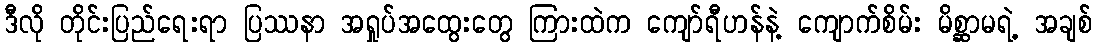
ဒီလို တိုင်းပြည်ရေးရာ ပြဿနာ အရှုပ်အထွေးတွေ ကြားထဲက ကျော်ရီဟန်နဲ့ ကျောက်စိမ်း မိစ္ဆာမရဲ့ အချစ်